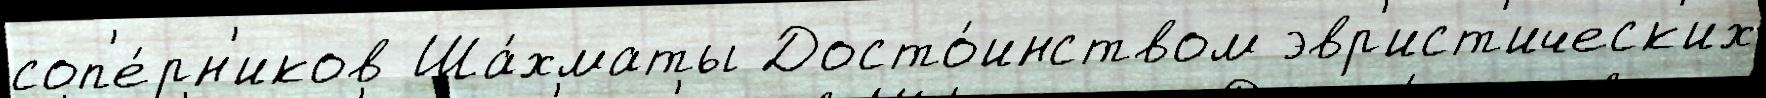
соп'е́рн'иков Ша́хматы Досто́инством эвр'ист'ическ'их